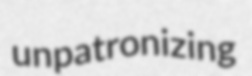
unpatronizing